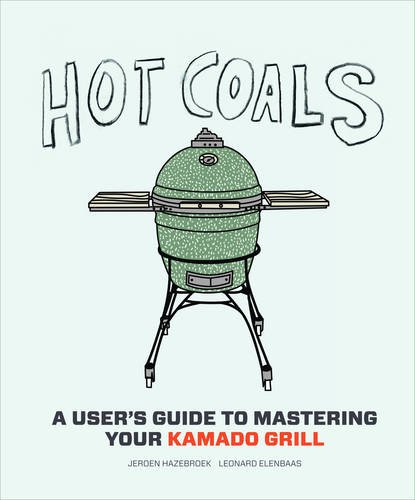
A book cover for Hot Coals: A User's Guide to Mastering Your Kamado Grill; Joroen Hazebroek; Cookbooks, Food & Wine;